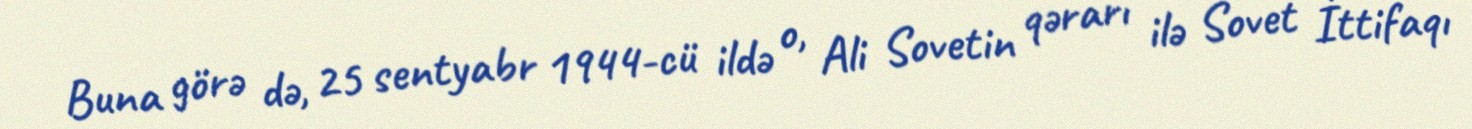
Buna görə də, 25 sentyabr 1944-cü ildə o, Ali Sovetin qərarı ilə Sovet İttifaqı